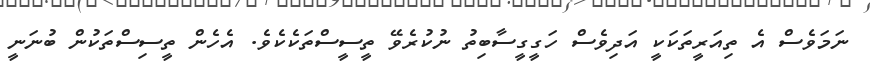
ނަމަވެސް އެ ތިއަރީތަކަކީ އަދިވެސް ހަގީގީސާބިތު ނުކުރެވޭ ތީސީސްތަކެކެވެ. އެހެން ތީސިސްތަކުން ބުނަނީ